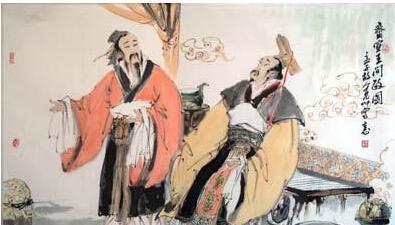
闻诛一夫纣矣，未闻弑君也。